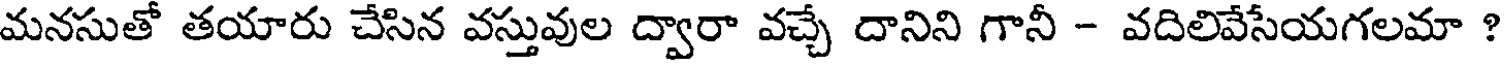
మనసుతో తయారు చేసిన వస్తువుల ద్వారా వచ్చే దానిని గానీ - వదిలివేసేయగలమా ?